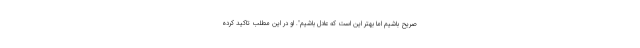
صریح باشیم اما بهتر این است که عادل باشیم". او در این مطلب تاکید کرده